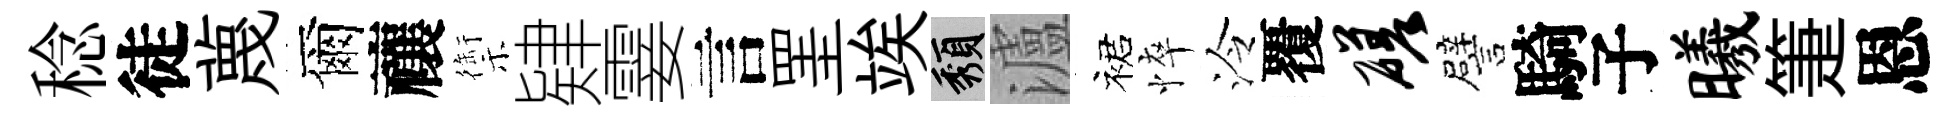
稔徒蔑爾禳禦肄霎言罣竢頽瀘裙悴泠覆磋譬騎子曦箑恩